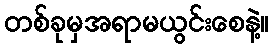
တစ်ခုမှအရာမယွင်းစေနဲ့။